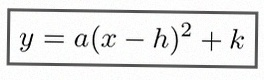
y=a(x-h)^2+k